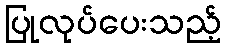
ပြုလုပ်ပေးသည့်